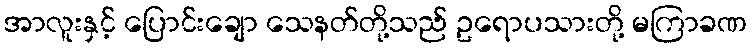
အာလူးနှင့် ပြောင်းချော သေနတ်တို့သည် ဥရောပသားတို့ မကြာခဏ